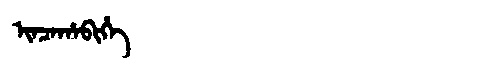
Manchu: ᡳᠨᠴᠠᡥᠠᠪᡳᡥᡝ
Romanization: INCAHABIHE